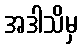
အဒါသိမှ